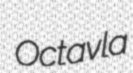
Octavla